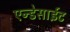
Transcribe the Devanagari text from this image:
एन्डेसाईट